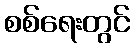
စစ်ရေးတွင်